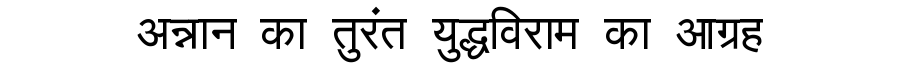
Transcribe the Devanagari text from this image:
अन्नान का तुरंत युद्धविराम का आग्रह